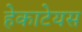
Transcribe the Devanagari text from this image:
हेकाटेयस